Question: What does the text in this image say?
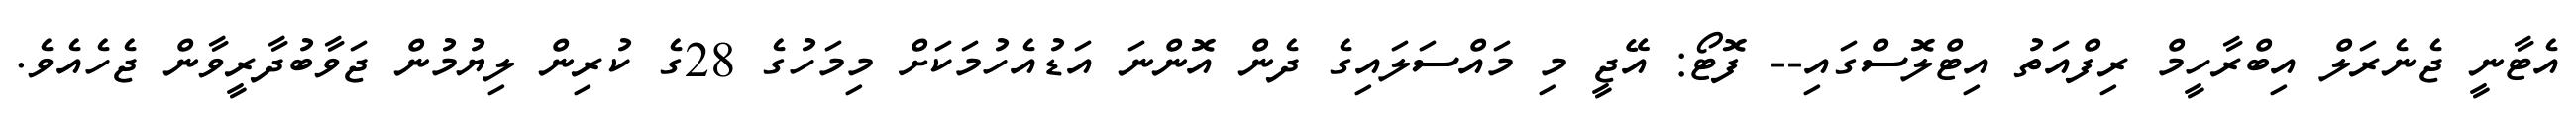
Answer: އެޓާނީ ޖެނެރަލް އިބްރާހީމް ރިފްއަތު އިޓްލޮސްގައި-- ފޮޓޯ: އޭޖީ މި މައްސަލައިގެ ދެން އޮންނަ އަޑުއެހުމަކަށް މިމަހުގެ 28ގެ ކުރިން ލިޔުމުން ޖަވާބުދާރީވާން ޖެހެއެވެ.